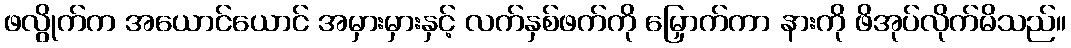
ဖလွိုက်က အယောင်ယောင် အမှားမှားနှင့် လက်နှစ်ဖက်ကို မြှောက်ကာ နားကို ဖိအုပ်လိုက်မိသည်။